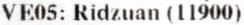
VE05: RIDZUAN (11900)